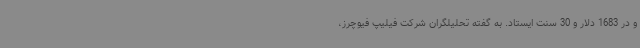
و در 1683 دلار و 30 سنت ایستاد. به گفته تحلیلگران شرکت فیلیپ فیوچرز،